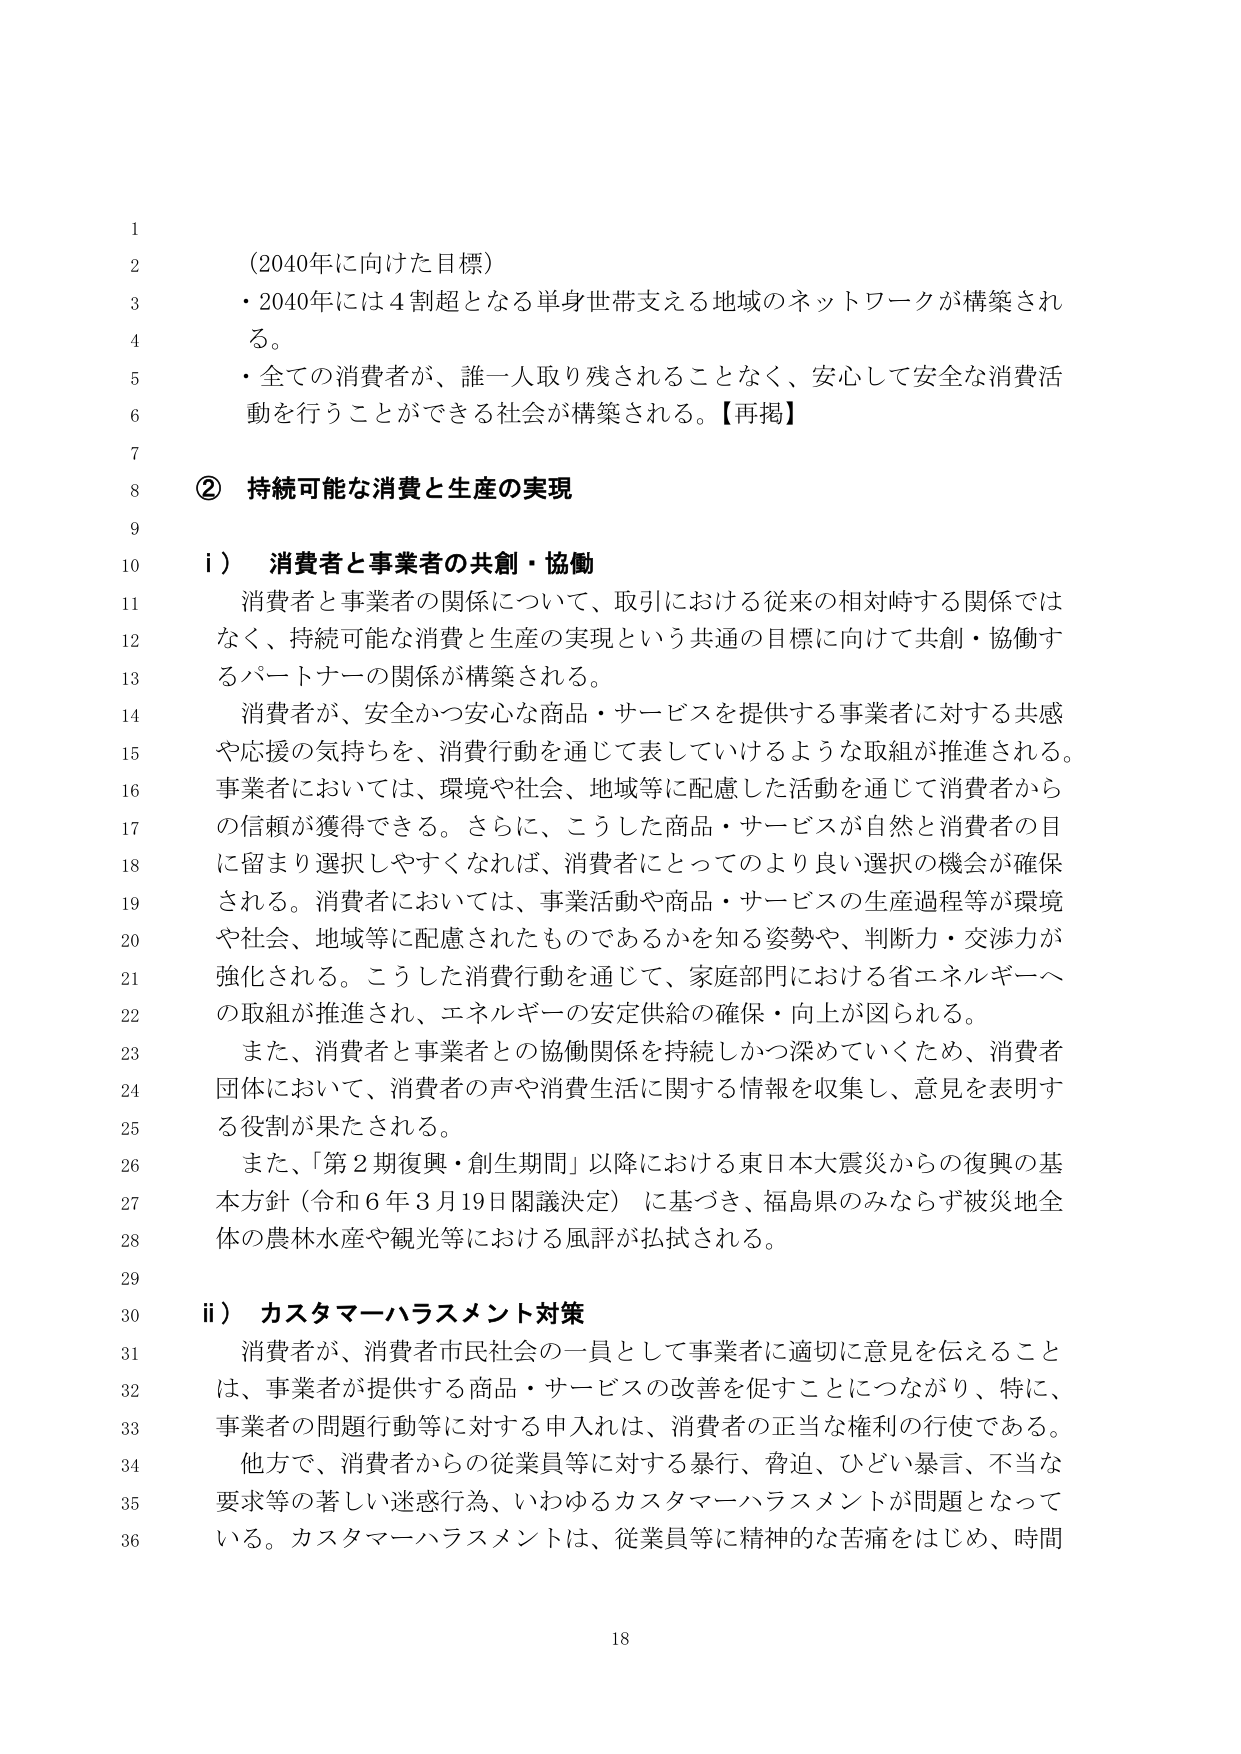
(2040年に向けた目標)
・2040年には4割超となる単身世帯支える地域のネットワークが構築される。
・全ての消費者が、誰一人取り残されることなく、安心して安全な消費活動を行うことができる社会が構築される。【再掲】

② 持続可能な消費と生産の実現

i） 消費者と事業者の共創・協働
消費者と事業者の関係について、取引における従来の相対峙する関係ではなく、持続可能な消費と生産の実現という共通の目標に向けて共創・協働するパートナーの関係が構築される。
消費者が、安全かつ安心な商品・サービスを提供する事業者に対する共感や応援の気持ちを、消費行動を通じて表していけるような取組が推進される。事業者においては、環境や社会、地域等に配慮した活動を通じて消費者からの信頼が獲得できる。さらに、こうした商品・サービスが自然と消費者の目に留まり選択しやすくなれば、消費者にとってのより良い選択の機会が確保される。消費者においては、事業活動や商品・サービスの生産過程等が環境や社会、地域等に配慮されたものであるかを知る姿勢や、判断力・交渉力が強化される。こうした消費行動を通じて、家庭部門における省エネルギーへの取組が推進され、エネルギーの安定供給の確保・向上が図られる。
また、消費者と事業者との協働関係を持続しつつ深めていくため、消費者団体において、消費者の声や消費生活に関する情報を収集し、意見を表明する役割が果たされる。
また、「第2期復興・創生期間」以降における東日本大震災からの復興の基本方針（令和6年3月19日閣議決定）に基づき、福島県のみならず被災地全体の農林水産や観光等における風評が払拭される。

ii） カスタマーハラスメント対策
消費者が、消費者市民社会の一員として事業者に適切に意見を伝えることは、事業者が提供する商品・サービスの改善を促すことにつながり、特に、事業者の問題行動等に対する申入れは、消費者の正当な権利の行使である。
他方で、消費者からの従業員等に対する暴行、脅迫、ひどい暴言、不当な要求等の著しい迷惑行為、いわゆるカスタマーハラスメントが問題となっている。カスタマーハラスメントは、従業員等に精神的な苦痛をはじめ、時間